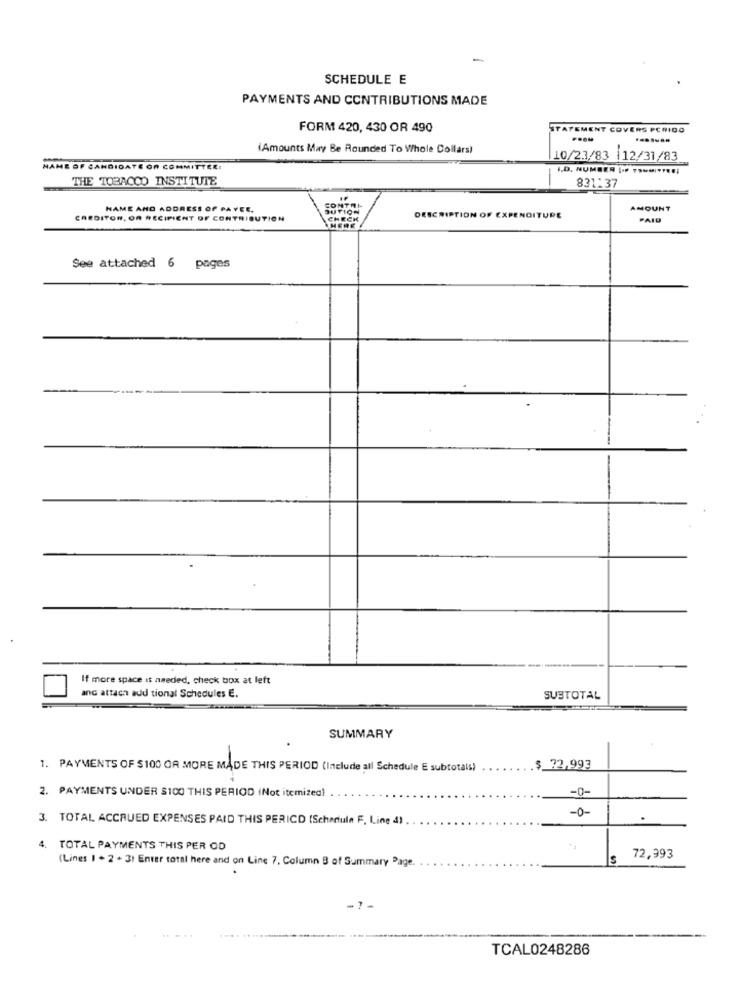
SCHEDULE E
PAYMENTS AND CONTRIBUTIONS MADE
FORM 420, 430 OR 490
STATEMENT COVERS PCRIDO
(Amounts May Be Rounded To Whole Dollars)
10/23/83 |12/31/83
AME OF CANDIDATE ON COMMITTEE:
THE TOBACCO INSTITUTE
831:37
NAME AND ADDRESS OF PAYEE.
AMOUNT
CREDITOR, OR RECIPIENT OF CONTRIBUTION
DESCRIPTION OF EXPENDITURE
PAID
See attached 6 pages
If more space is needed, check box at left
and attach add tional Schedules E.
SUBTOTAL
SUMMARY
1. PAYMENTS OF $100 OR MORE MADE THIS PERIOD (Include all Schedule E subtotals)
$ 72,993
-0-
2. PAYMENTS UNDER S100 THIS PERIOD (Not itemizea)
-0-
3. TOTAL ACCRUED EXPENSES PAID THIS PERICD (Schertule F. Line 4)
.
4. TOTAL PAYMENTS THIS PER OD
(Lines I . 2 + 31 Enter total here and on Line 7. Column B of Summary Page.
3
72,993
-7-
....
.. ....
TCAL0248286